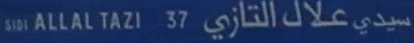
5101 ALLAL TAZI